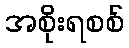
အစိုးရစစ်